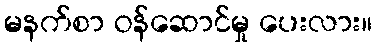
မနက်စာ ဝန်ဆောင်မှု ပေးလား။